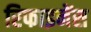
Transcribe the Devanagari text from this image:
रिफाइनेंस